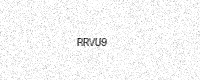
Text: RRVU9